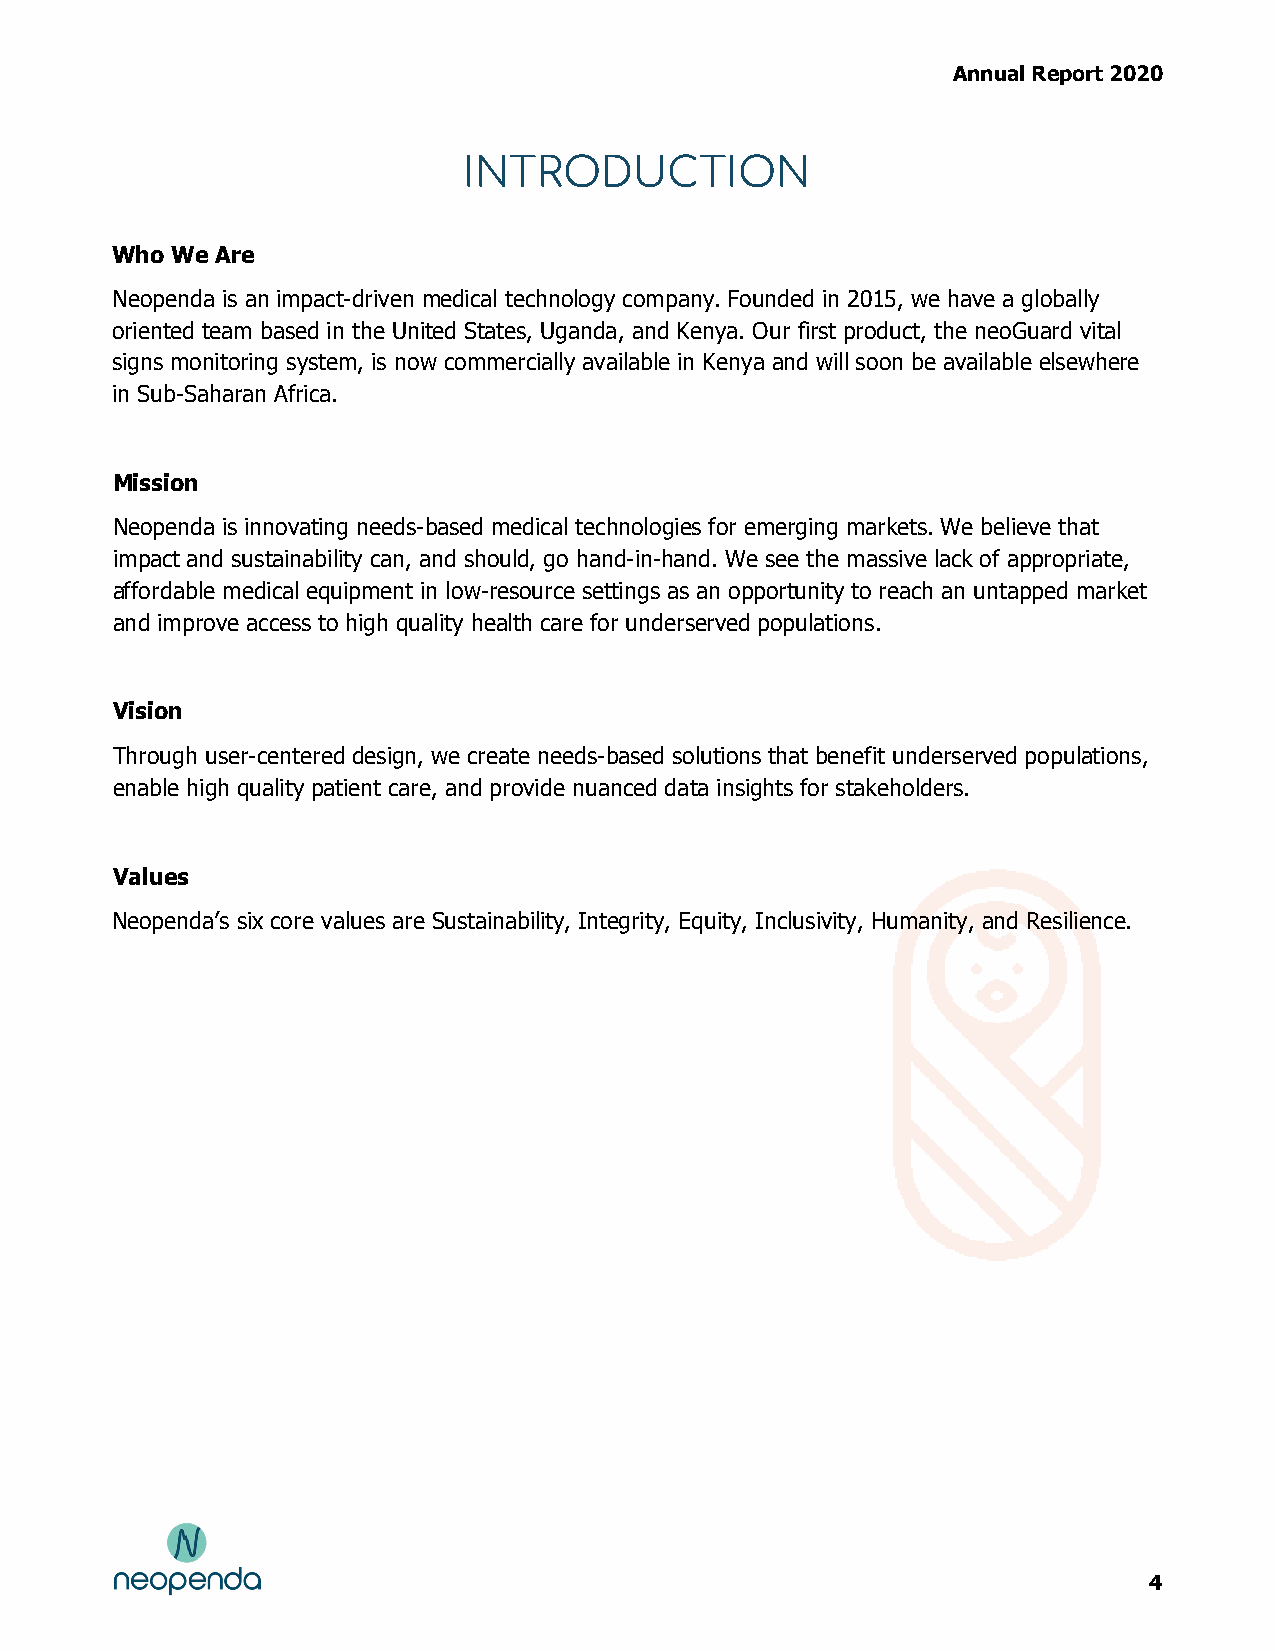
Annual Report 2020
 INTRODUCTION
 Who We Are
 Neopenda is an impact-driven medical technology company. Founded in 2015, we have a globally
 oriented team based in the United States, Uganda, and Kenya. Our first product, the neoGuard vital
 signs monitoring system, is now commercially available in Kenya and will soon be available elsewhere
 in Sub-Saharan Africa.
 Mission
 Neopenda is innovating needs-based medical technologies for emerging markets. We believe that
 impact and sustainability can, and should, go hand-in-hand. We see the massive lack of appropriate,
 affordable medical equipment in low-resource settings as an opportunity to reach an untapped market
 and improve access to high quality health care for underserved populations.
 Vision
 Through user-centered design, we create needs-based solutions that benefit underserved populations,
 enable high quality patient care, and provide nuanced data insights for stakeholders.
 Values
 Neopenda’s six core values are Sustainability, Integrity, Equity, Inclusivity, Humanity, and Resilience.
 4